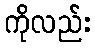
ကိုလည်း